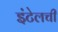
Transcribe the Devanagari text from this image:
इंटेलची